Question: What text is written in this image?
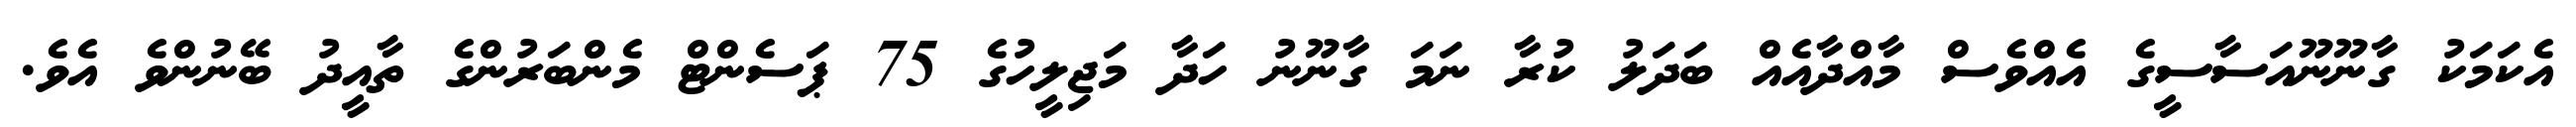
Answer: އެކަމަކު ގާނޫނޫއަސާސީގެ އެއްވެސް މާއްދާއެއް ބަދަލު ކުރާ ނަމަ ގާނޫނު ހަދާ މަޖިލީހުގެ 75 ޕަސެންޓް މެންބަރުންގެ ތާއީދު ބޭނުންވެ އެވެ.